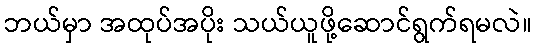
ဘယ်မှာ အထုပ်အပိုး သယ်ယူဖို့ဆောင်ရွက်ရမလဲ။